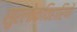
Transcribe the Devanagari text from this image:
सुरलोकविहारिणे